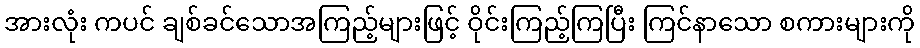
အားလုံး ကပင် ချစ်ခင်သောအကြည့်များဖြင့် ဝိုင်းကြည့်ကြပြီး ကြင်နာသော စကားများကို